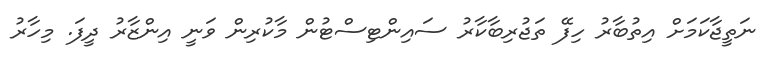
ނަތީޖާކަމަށް އިތުބާރު ހިފޭ ތަޖުރިބާކާރު ސައިންޓިސްޓުން މާކުރިން ވަނީ އިންޒާރު ދީފަ. މިހާރު